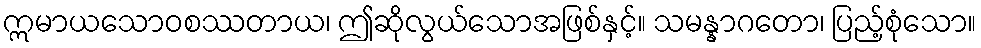
ဣမာယသောဝစဿတာယ၊ ဤဆိုလွယ်သောအဖြစ်နှင့်။ သမန္နာဂတော၊ ပြည့်စုံသော။